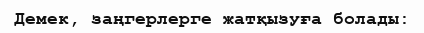
Демек, заңгерлерге жатқызуға болады: